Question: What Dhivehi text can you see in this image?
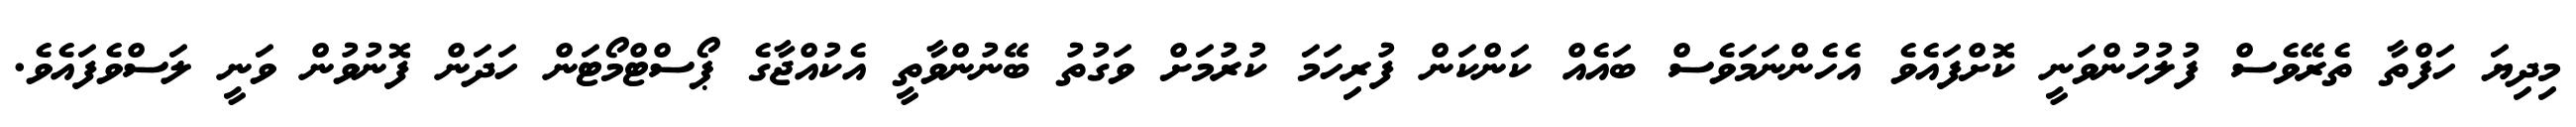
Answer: މިދިޔަ ހަފްތާ ތެރޭވެސް ފުލުހުންވަނީ ކޮށްފައެވެ އެހެންނަމަވެސް ބައެއް ކަންކަން ފުރިހަމަ ކުރުމަށް ވަގުތު ބޭނުންވާތީ އެކުއްޖާގެ ޕޯސްޓްމޯޓަން ހަދަން ފޮނުވުން ވަނީ ލަސްވެފައެވެ.